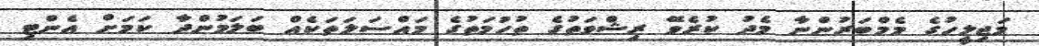
މަޖިލީހުގެ މެމްބަރުންނާ މެދު ކުރެވޭ ރިޝްވަތުގެ ތުހުމަތުގެ މައްސަލަތަކެއް ބަލަމުންދާ ކަމަށް އެންޓި